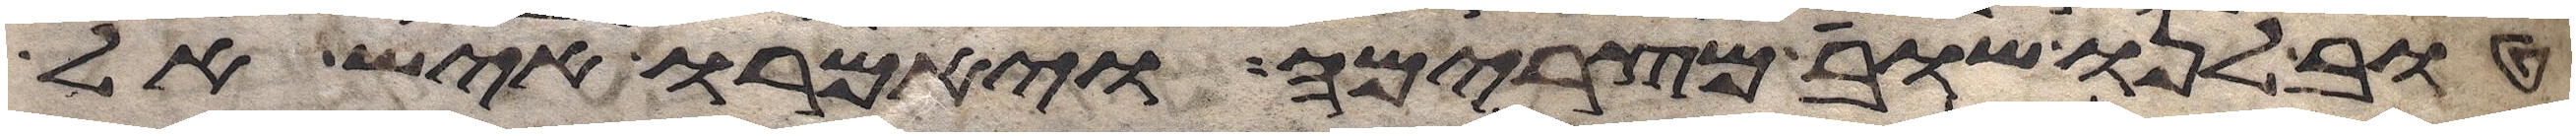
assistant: טוב לנו שובה מצרימה ויאמרו איש אל